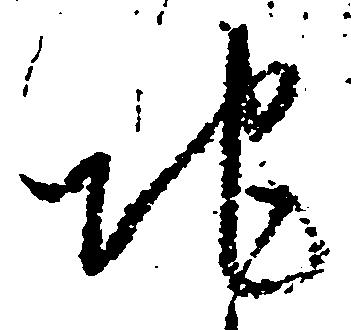
地